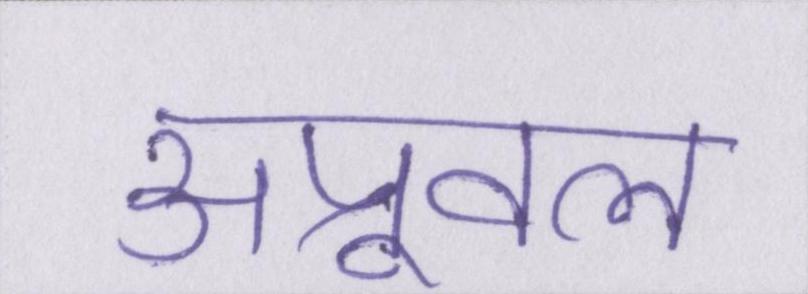
अप्रूवल